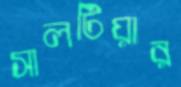
সালটিয়ার